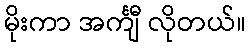
မိုးကာ အင်္ကျီ လိုတယ်။